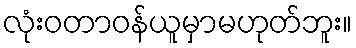
လုံးဝတာဝန်ယူမှာမဟုတ်ဘူး။